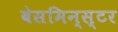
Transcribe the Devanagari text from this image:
वेसमिन्स्टर